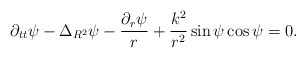
\begin{align*}\partial_{tt}\psi-\Delta_{R^2}\psi-\frac{\partial_r\psi}{r}+\frac{k^2}{r^2}\sin{\psi}\cos{\psi}=0.\end{align*}